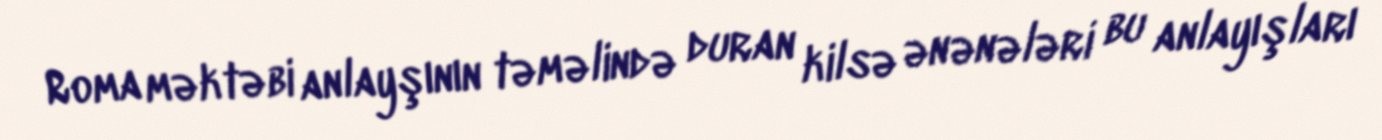
Roma məktəbi anlayşının təməlində duran kilsə ənənələri bu anlayışları